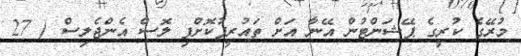
މުރޭގެ ކުރީގެ ޕޭޝަންޓުން އޭނާ އަށް ތައުރީފުކޮށްފި ލޮސް އެންޖެލިސް ( 27